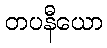
တပနီယော